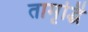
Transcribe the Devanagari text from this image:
तामृद्धिं